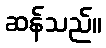
ဆန်သည်။